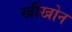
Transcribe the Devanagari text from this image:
खीखोन